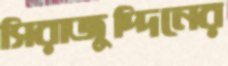
সিরাজুদ্দিনের